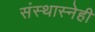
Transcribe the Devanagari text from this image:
संस्थास्नेही